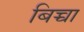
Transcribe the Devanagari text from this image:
बिच्चा